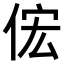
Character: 𫢦